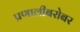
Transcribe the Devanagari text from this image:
प्रणालीबरोबर